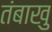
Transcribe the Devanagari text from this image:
तंबाखु